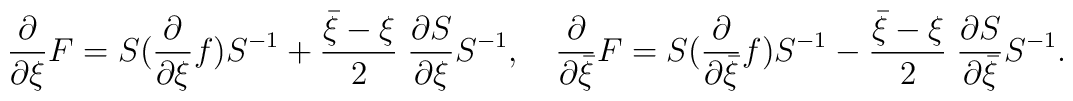
\frac{\partial}{\partial \xi}F = S (\frac{\partial}{\partial \xi}f) S^{-1} +\frac{\bar \xi-\xi}{2} \; \frac{\partial S}{\partial \xi} S^{-1}, \quad\frac{\partial}{\partial\bar \xi}F = S(\frac{\partial}{\partial\bar \xi}f) S^{-1} -\frac{\bar \xi- \xi}{2} \;\frac{\partial S}{\partial \bar \xi} S^{-1}.